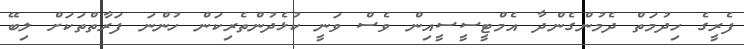
ފެރީގެ ހިދުމަތް ދެމުންގެންދާ އެމްޓީސީސީއިން ވެސް ވަނީ ކުޅެދުންތެރިކަން ހުންނަ ފަރާތްތަކަށް ލިބޭ